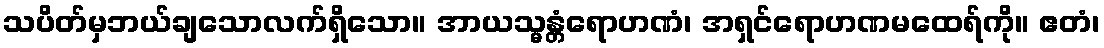
သပိတ်မှဘယ်ချသောလက်ရှိသော။ အာယသ္မန္တံရောဟဏံ၊ အရှင်ရောဟဏမထေရ်ကို။ ဧတံ၊